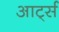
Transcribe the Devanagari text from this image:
आर्ट्स